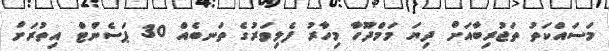
މަސައްކަތު ތަޖުރިބާއަށް ދިޔަ މަމްދޫހާ މިހާރު ފެލިވަރުގެ ތަނބެއް 30 ޕަސެންޓް އިތުރަށް